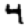
Digit: 4